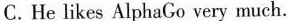
C.He likes AlphaGo very much.